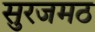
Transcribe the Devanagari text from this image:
सुरजमठ